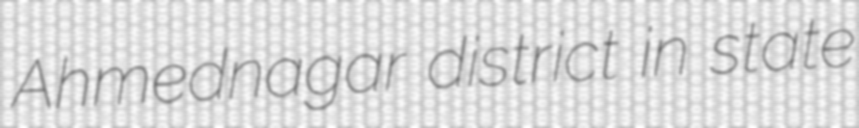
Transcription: Ahmednagar district in state